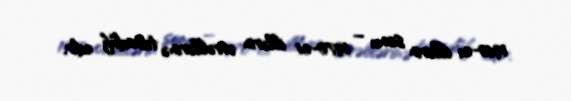
1960‐cı illərin sonu – 1970‐ci illərin əvvəllərinə təsadüf edir.